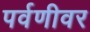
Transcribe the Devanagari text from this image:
पर्वणीवर